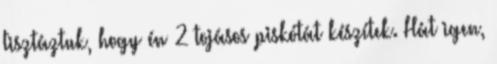
tisztáztuk, hogy én 2 tojásos piskótát készítek. Hát igen,